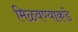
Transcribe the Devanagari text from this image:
मिळवण्याकडे